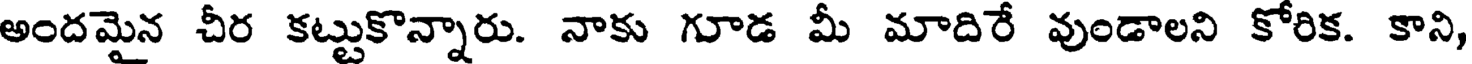
అందమైన చీర కట్టుకొన్నారు. నాకు గూడ మీ మాదిరే వుండాలని కోరిక. కాని,